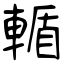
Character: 輴